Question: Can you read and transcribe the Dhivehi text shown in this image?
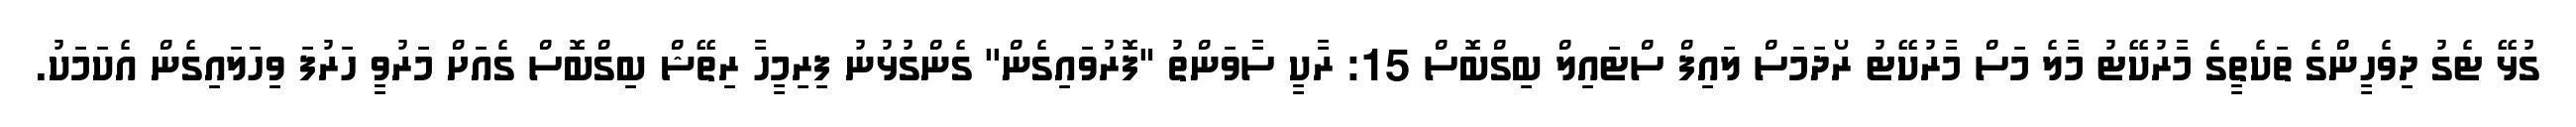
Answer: ގުޅޭ ޓެގު ދިވެހީންގެ ތަކެތީގެ މާރުކޭޓު މާލެ މަސް މާރުކޭޓު ރޯދަމަސް ލައިފް ސްޓައިލް ބިގްބޮސް 15: ރާކީ ސާވަންތު "ފޮރުވައިގެން'' ގެންގުޅުނު ފިރިމީހާ ރިތޭޝް ބިގްބޮސް ގެއަށް މަރުވީ ހަރުފަ ވިހަލައިގެން އެކަމަކު.